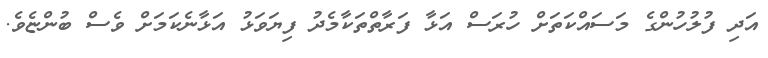
އަދި ފުލުހުންގެ މަސައްކަތަށް ހުރަސް އަޅާ ފަރާތްތަކާމެދު ފިޔަވަޅު އަޅާނެކަމަށް ވެސް ބުންޏެވެ.